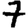
Digit: 7